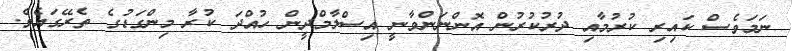
ނަމަވެސް ކައިރި ކުރުމާއި ދުރުކުރުން އޮންނަންވާނީ އިސްލާމްދީން ހުއްދަ ކުރާ މިންގަޑުގެ ތެރޭގައެވެ.